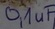
Text: 0,1uF